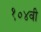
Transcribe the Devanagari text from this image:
१०४वी